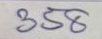
358